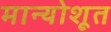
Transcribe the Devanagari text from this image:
मान्योशूत